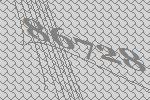
86728